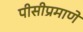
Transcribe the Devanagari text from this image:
पीसीप्रमाणे